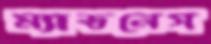
ম্যাডনেস